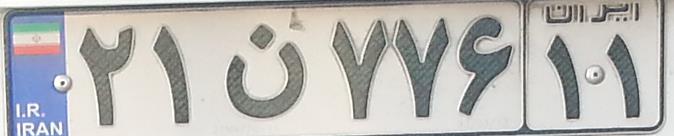
۲۱ن۷۷۶۱۱